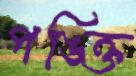
পঙ্ক্তি